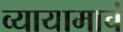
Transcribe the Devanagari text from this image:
व्यायामाचं